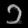
Digit: ၁